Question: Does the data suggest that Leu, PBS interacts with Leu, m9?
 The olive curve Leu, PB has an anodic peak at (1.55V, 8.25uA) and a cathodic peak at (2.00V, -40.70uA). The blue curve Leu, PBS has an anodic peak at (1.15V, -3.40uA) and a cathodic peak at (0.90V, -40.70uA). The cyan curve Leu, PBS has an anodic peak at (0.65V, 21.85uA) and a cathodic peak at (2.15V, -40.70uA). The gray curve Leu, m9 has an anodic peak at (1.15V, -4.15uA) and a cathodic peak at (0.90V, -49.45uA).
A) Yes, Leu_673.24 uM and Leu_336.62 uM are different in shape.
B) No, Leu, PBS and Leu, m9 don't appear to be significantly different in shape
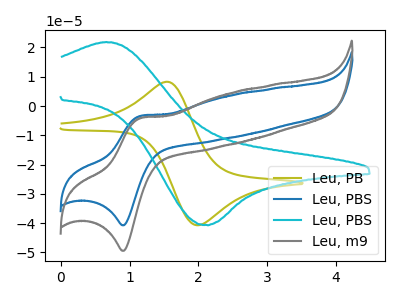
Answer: <think>All the peaks in "Leu, PBS" have a peak in "Leu, m9" at the same potential.
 </think>
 <answer>B) No, "Leu, PBS" and "Leu, m9" don't appear to be significantly different in shape</answer>
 <eval>B</eval>